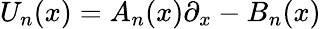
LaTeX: U_{n}(x)=A_{n}(x)\partial_{x}-B_{n}(x)